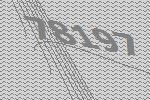
78197